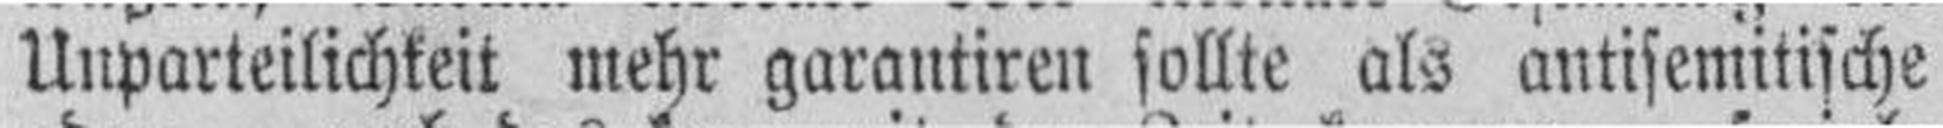
Unparteilichkeit mehr garantiren sollte als antisemitische